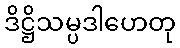
ဒိဋ္ဌိသမ္ပဒါဟေတု